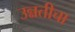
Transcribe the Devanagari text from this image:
उन्नतीचा